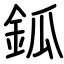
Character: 鈲